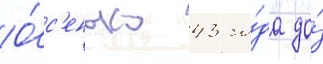
О́с'енью 43 го́да до́